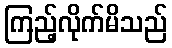
ကြည့်လိုက်မိသည်